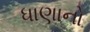
ધાણાનો